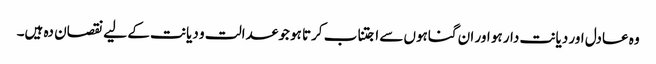
وہ عادل اور دیانت دار ہو اور ان گناہوں سے اجتناب کرتا ہو جو عدالت و دیانت کے لیے نقصان دہ ہیں۔